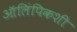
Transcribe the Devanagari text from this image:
ऑलिंपिकशी